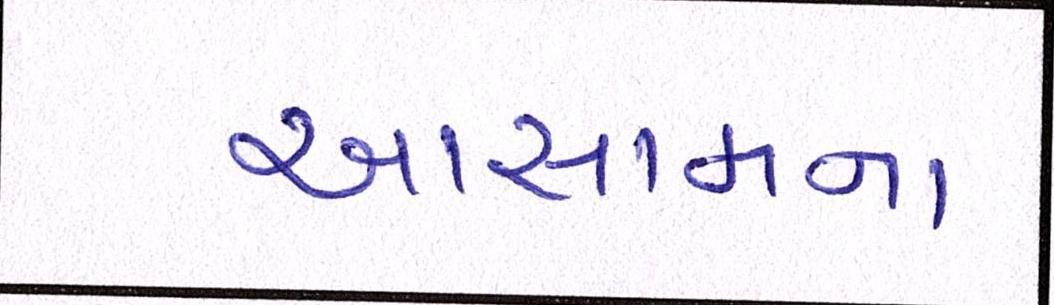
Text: આસામના